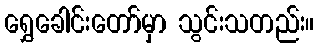
ရွှေခေါင်းတော်မှာ သွင်းသတည်း။